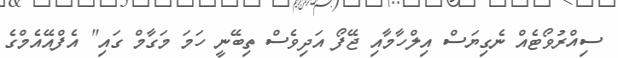
ސިއްރުވޯޓެއް ނެގިޔަސް އިލްހާމާއި ޖޭފޯ އަދިވެސް ތިބޭނީ ހަމަ މަގާމް ގައި" އެފްއޭއެމްގެ